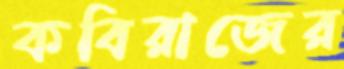
কবিরাজের